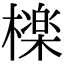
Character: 檪